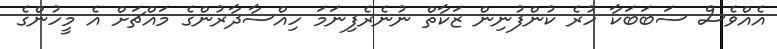
އެއްވެސް ސަބަބަކާ ހުރެ ކުންފުނިން ޒަކާތް ނުނެރެފިނަމަ ހިއްސާދާރުންގެ މައްޗަށް އެ މީހުންގެ